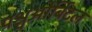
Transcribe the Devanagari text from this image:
पश्चओर्बिटल